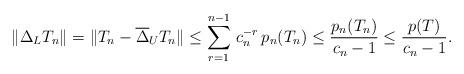
LaTeX: \begin{align*} \Vert \Delta_L T_n \Vert = \Vert T_n - \overline{\Delta}_U T_n \Vert \leq \sum_{r =1}^{n-1} \, c_n^{-r} \, p_n(T_n) \leq \frac{p_n(T_n)}{c_n - 1} \leq\frac{p(T)}{c_n - 1}. \end{align*}